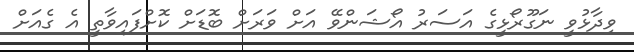
ވިދާޅުވީ ނަގޫރޯޅީގެ އަސަރު އޯޝަންވޭ އަށް ވަރަށް ބޮޑަށް ކޮށްފައިވާތީ އެ ގެއަށް